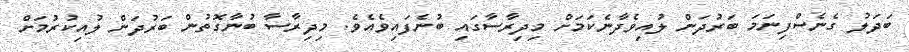
ބަދަލު ގެނެސްފިނަމަ ބަރުދަން ލުއިވެދާނެކަމަށް މިދިރާސާގައި ބުނެފައިވެއެވެ. މިދިރާސާ ބުނާގޮތުން ބަރުދަން ލުއިކުރުމަށް